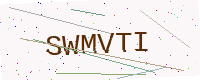
Text: SWMVTI